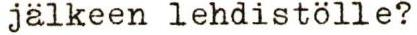
jälkeen lehdistölle?